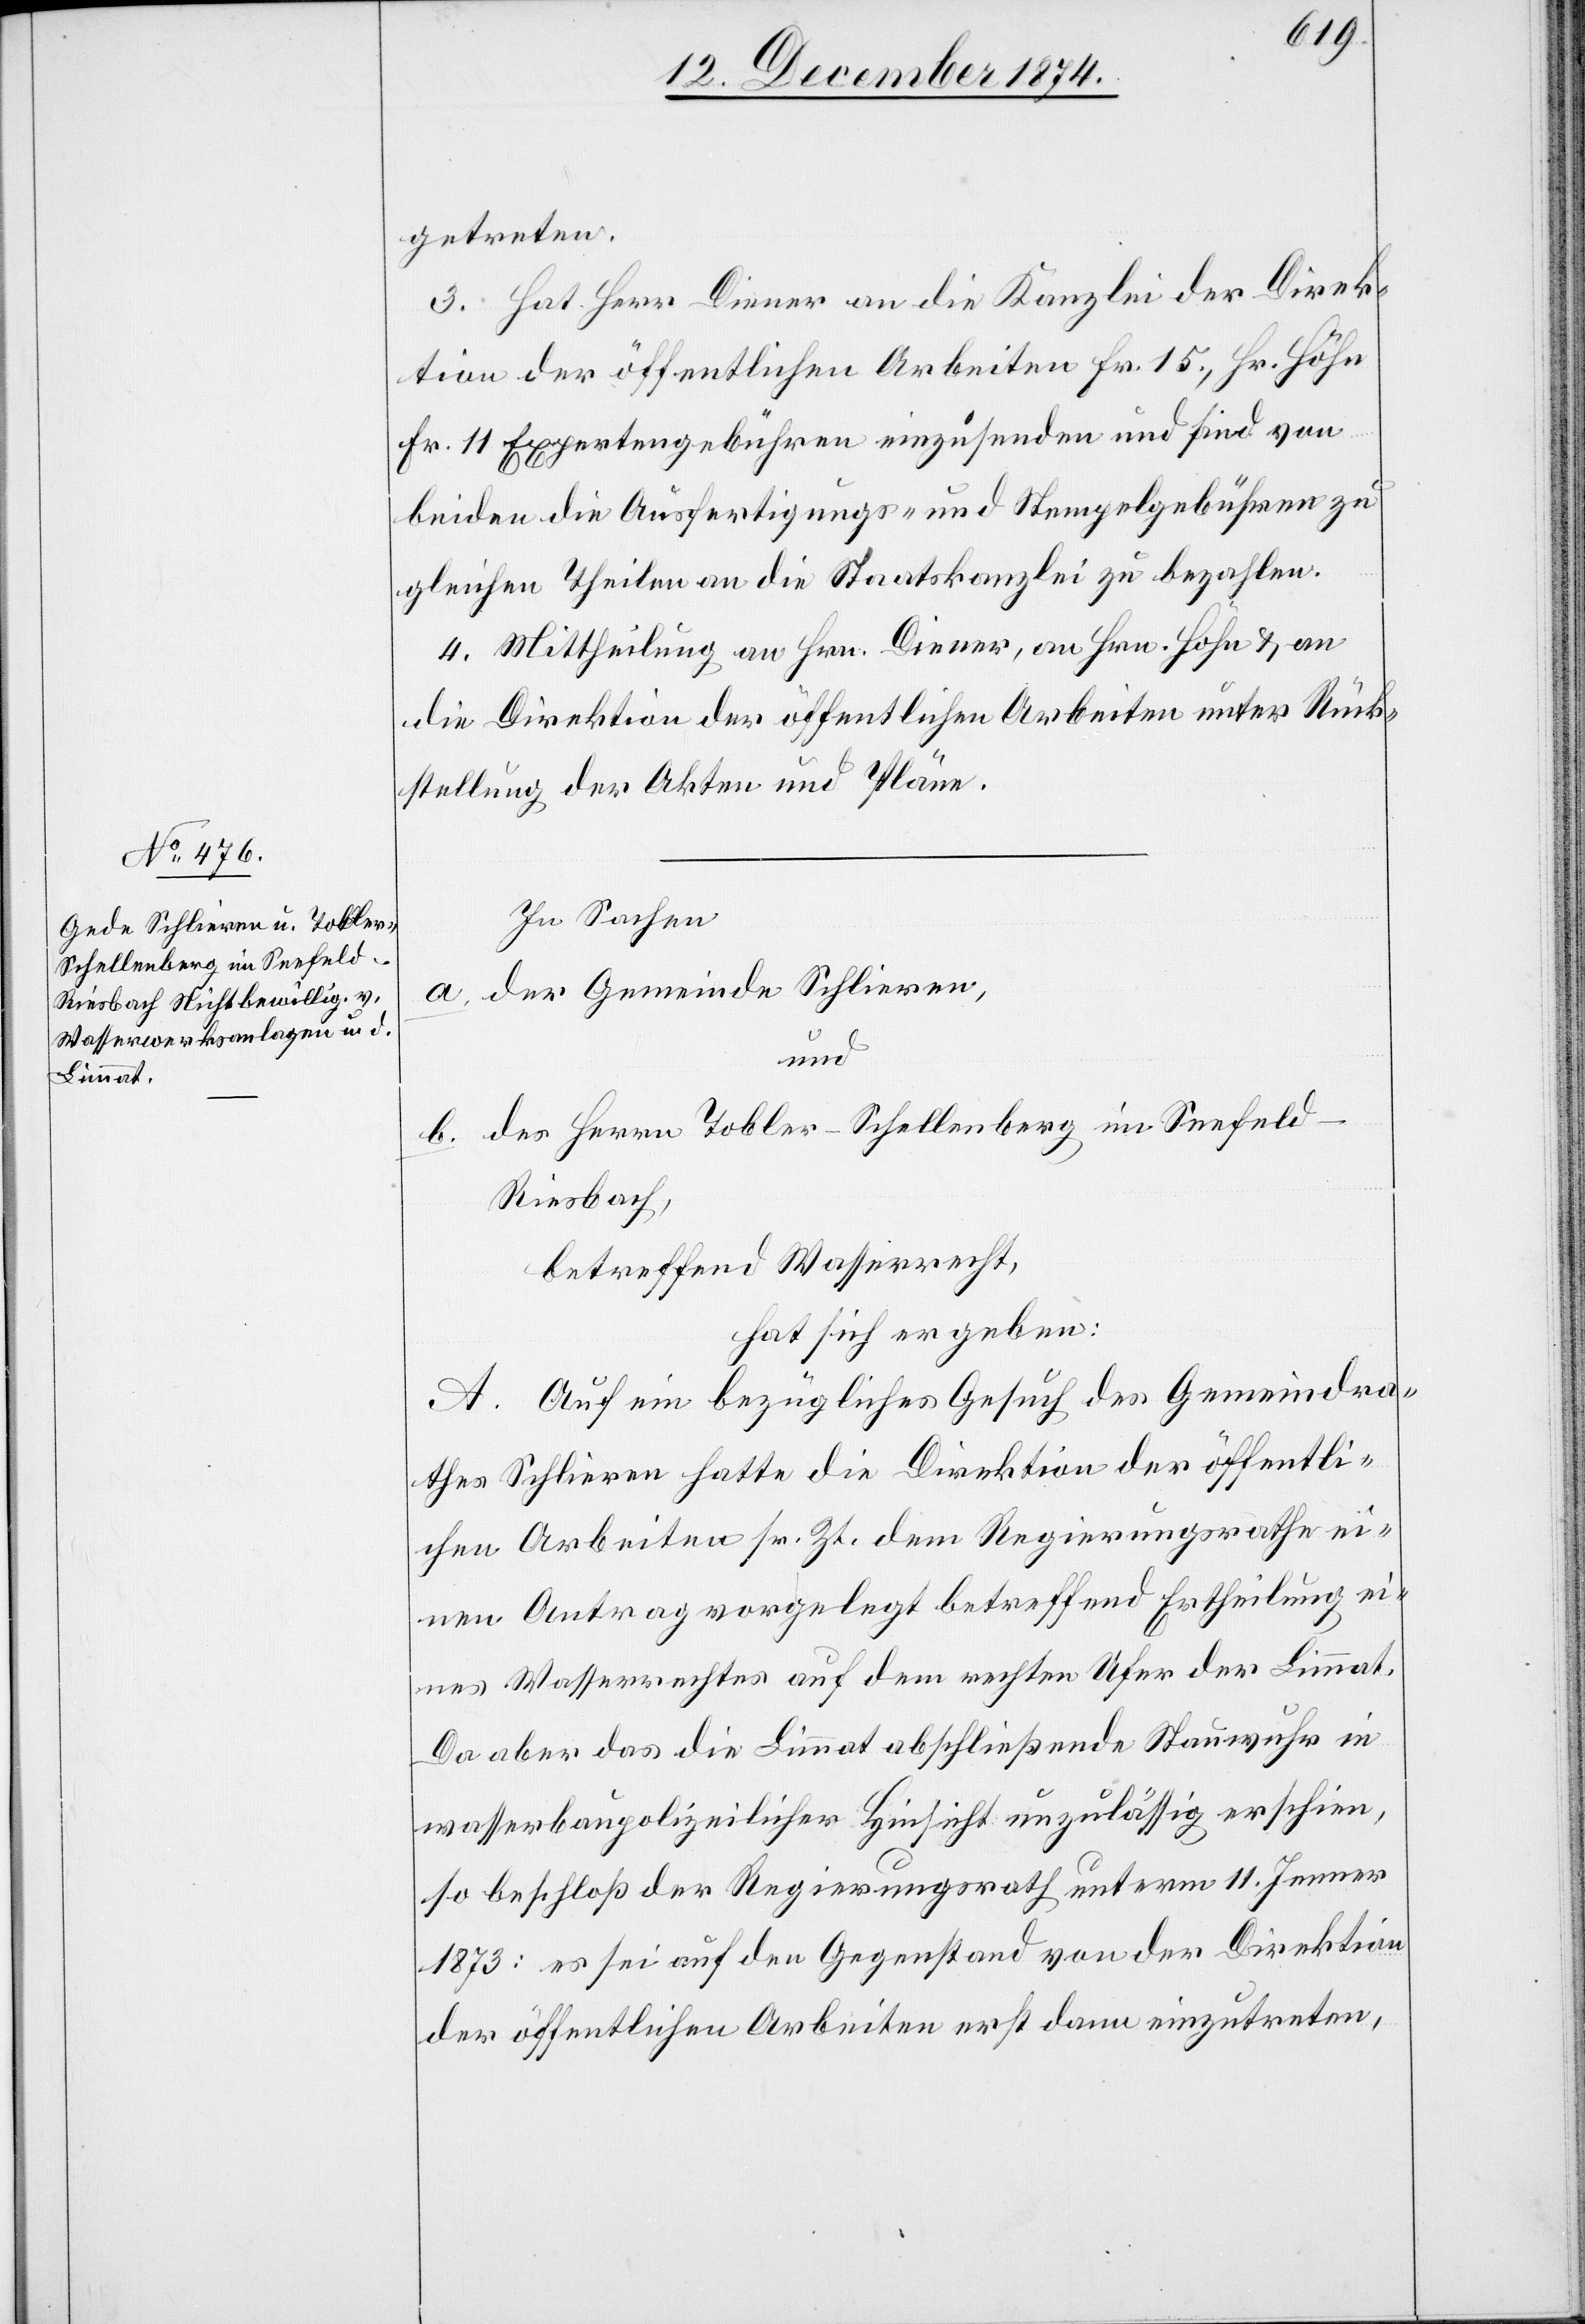
getreten.
3. Hat Herr Diener an die Kanzlei der Direk¬
tion der öffentlichen Arbeiten Fr. 15., Hr. Höhn
Fr. 11 Expertengebühren einzusenden und sind von
beiden die Ausfertigungs- und Stempelgebühren zu
gleichen Theilen an die Staatskanzlei zu bezahlen.
4. Mittheilung an Hrn. Diener, an Hrn. Höhn & an
die Direktion der öffentlichen Arbeiten unter Rück¬
stellung der Akten und Pläne.